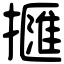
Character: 擓